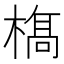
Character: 𣘺